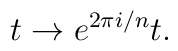
t \rightarrow e^{2 \pi i/n}t.